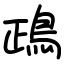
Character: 鴊